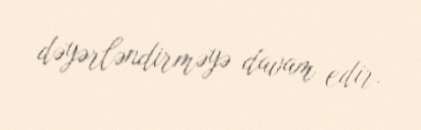
dəyərləndirməyə davam edir.